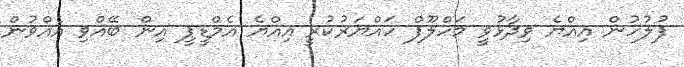
ފުލުހުން އިއްޔެ ވިދާޅުވީ މަހްލޫފް ހައްޔަރުކުރީ އިއްޔެ އެމްޑީޕީ އިން ބޭއްވި އެއްވުން